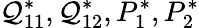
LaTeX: \mathcal{Q}_{11}^{*},\mathcal{Q}_{12}^{*},P_{1}^{*},P_{2}^{*}